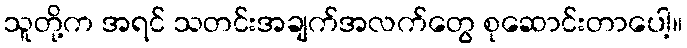
သူတို့က အရင် သတင်းအချက်အလက်တွေ စုဆောင်းတာပေါ့။